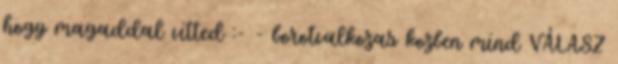
hogy magaddal vitted :- - borotvalkozas kozben mind VÁLASZ